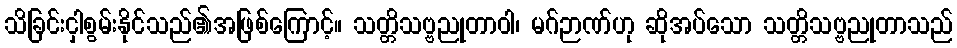
သိခြင်းငှါစွမ်းနိုင်သည်၏အဖြစ်ကြောင့်။ သတ္တိသဗ္ဗညုတာဝါ၊ မဂ်ဉာဏ်ဟု ဆိုအပ်သော သတ္တိသဗ္ဗညုတာသည်